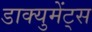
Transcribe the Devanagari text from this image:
डाक्युमेंट्स